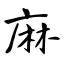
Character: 麻